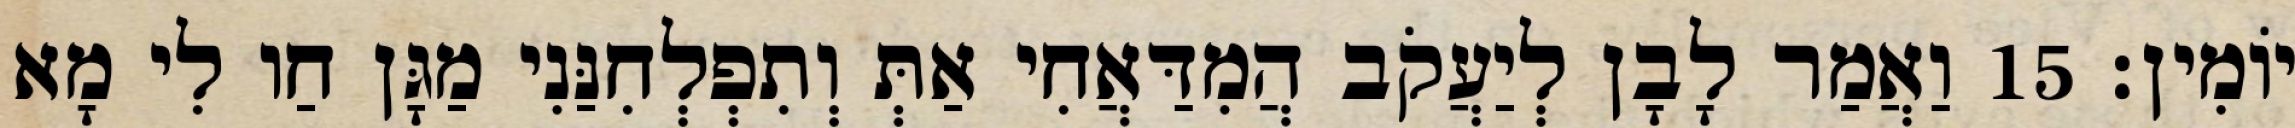
יוֹמִין׃ 15 וַאֲמַר לָבָן לְיַעֲקֹב הֲמִדַּאֲחִי אַתְּ וְתִפְלְחִנַּנִי מַגָּן חַו לִי מָא